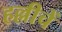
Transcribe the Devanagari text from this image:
हल्लीचें